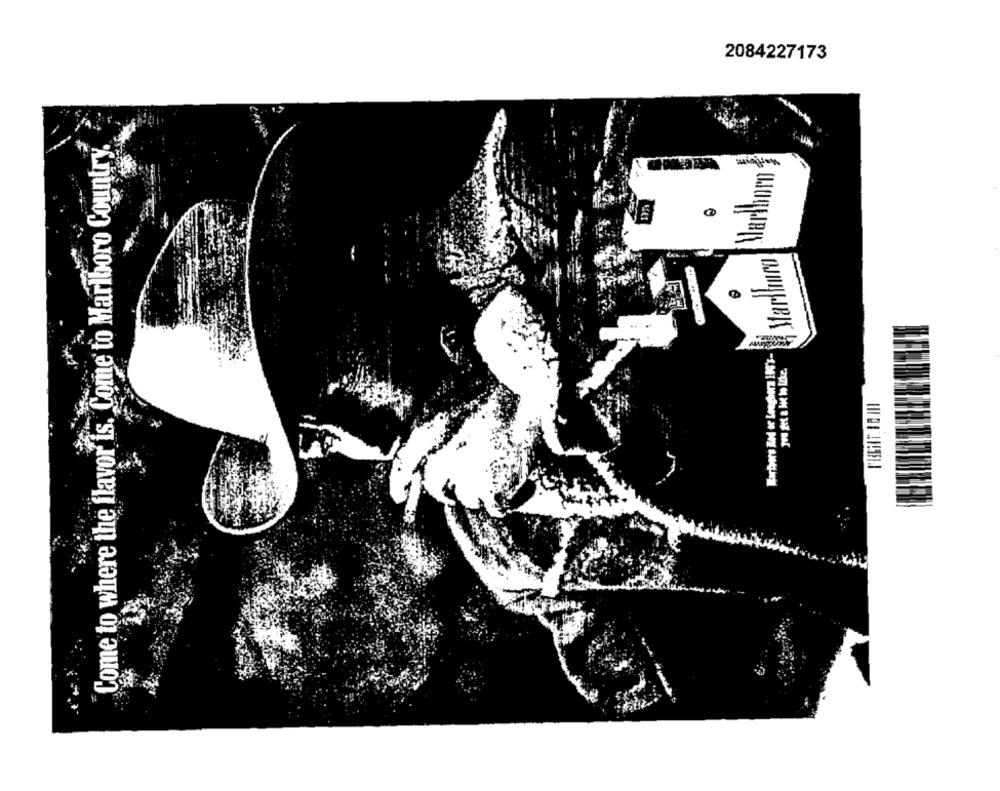
2084227173
Come to where the flavor is. Come to Marlboro Country.
Marlboro
Marhura
=